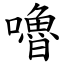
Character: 嚕